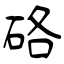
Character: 硌